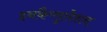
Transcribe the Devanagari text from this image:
इनकैप्सुलेशन